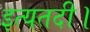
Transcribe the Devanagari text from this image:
इत्यतदी।